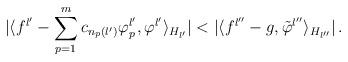
LaTeX: \begin{align*}\vert\langle f^{l'}-\sum_{p=1}^m c_{n_p(l')}\varphi_p^{l'},\varphi^{l'}\rangle_{H_{l'}}\vert <\vert\langle f^{l''}-g,\tilde{\varphi}^{l''}\rangle_{H_{l''}}\vert\, .\end{align*}